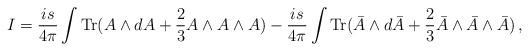
LaTeX: \begin{align*}I = \frac{is}{4\pi}\int{\mathrm{Tr}}(A\wedge dA + \frac 23 A\wedge A\wedge A) - \frac{is}{4\pi}\int{\mathrm{Tr}}(\bar{A}\wedge d\bar{A} + \frac 23 \bar{A}\wedge \bar{A}\wedge \bar{A})\,, \end{align*}